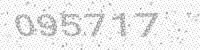
Solution: 095717